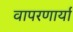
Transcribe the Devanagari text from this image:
वापरणार्या